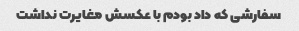
سفارشی که داد بودم با عکسش مغایرت نداشت